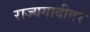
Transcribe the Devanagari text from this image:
राज्यगादीवर